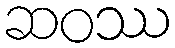
ဆဝဿ